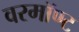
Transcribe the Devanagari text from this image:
वरमॉण्ट